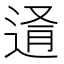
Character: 𨓔